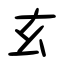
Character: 玄